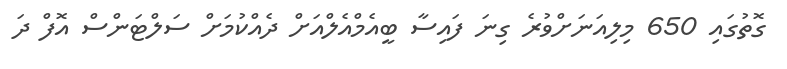
ގޮތުގައި 650 މިލިއަނަށްވުރެ ގިނަ ފައިސާ ބީއެމްއެލްއަށް ދެއްކުމަށް ސަލްޓަންސް އޮފް ދަ